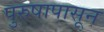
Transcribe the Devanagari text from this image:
पुरुषापासून